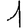
Digit: 1